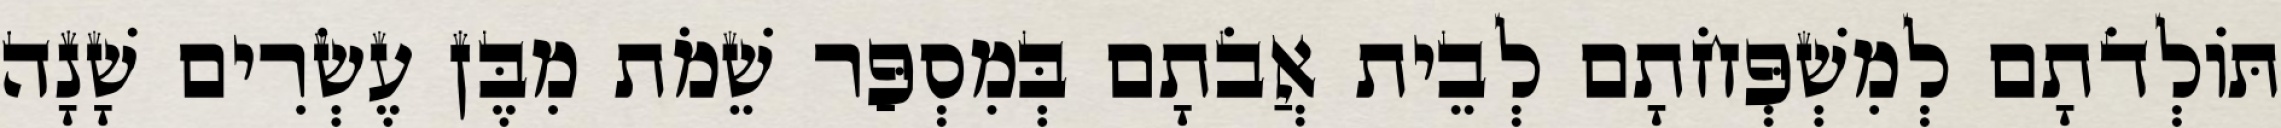
תּוֹלְדֹתָם לְמִשְׁפְּחֹתָם לְבֵית אֲבֹתָם בְּמִסְפַּר שֵׁמֹת מִבֶּן עֶשְׂרִים שָׁנָה